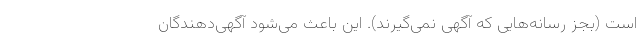
است (بجز رسانه‌هایی که آگهی نمی‌گیرند). این باعث می‌شود آگهی‌دهندگان